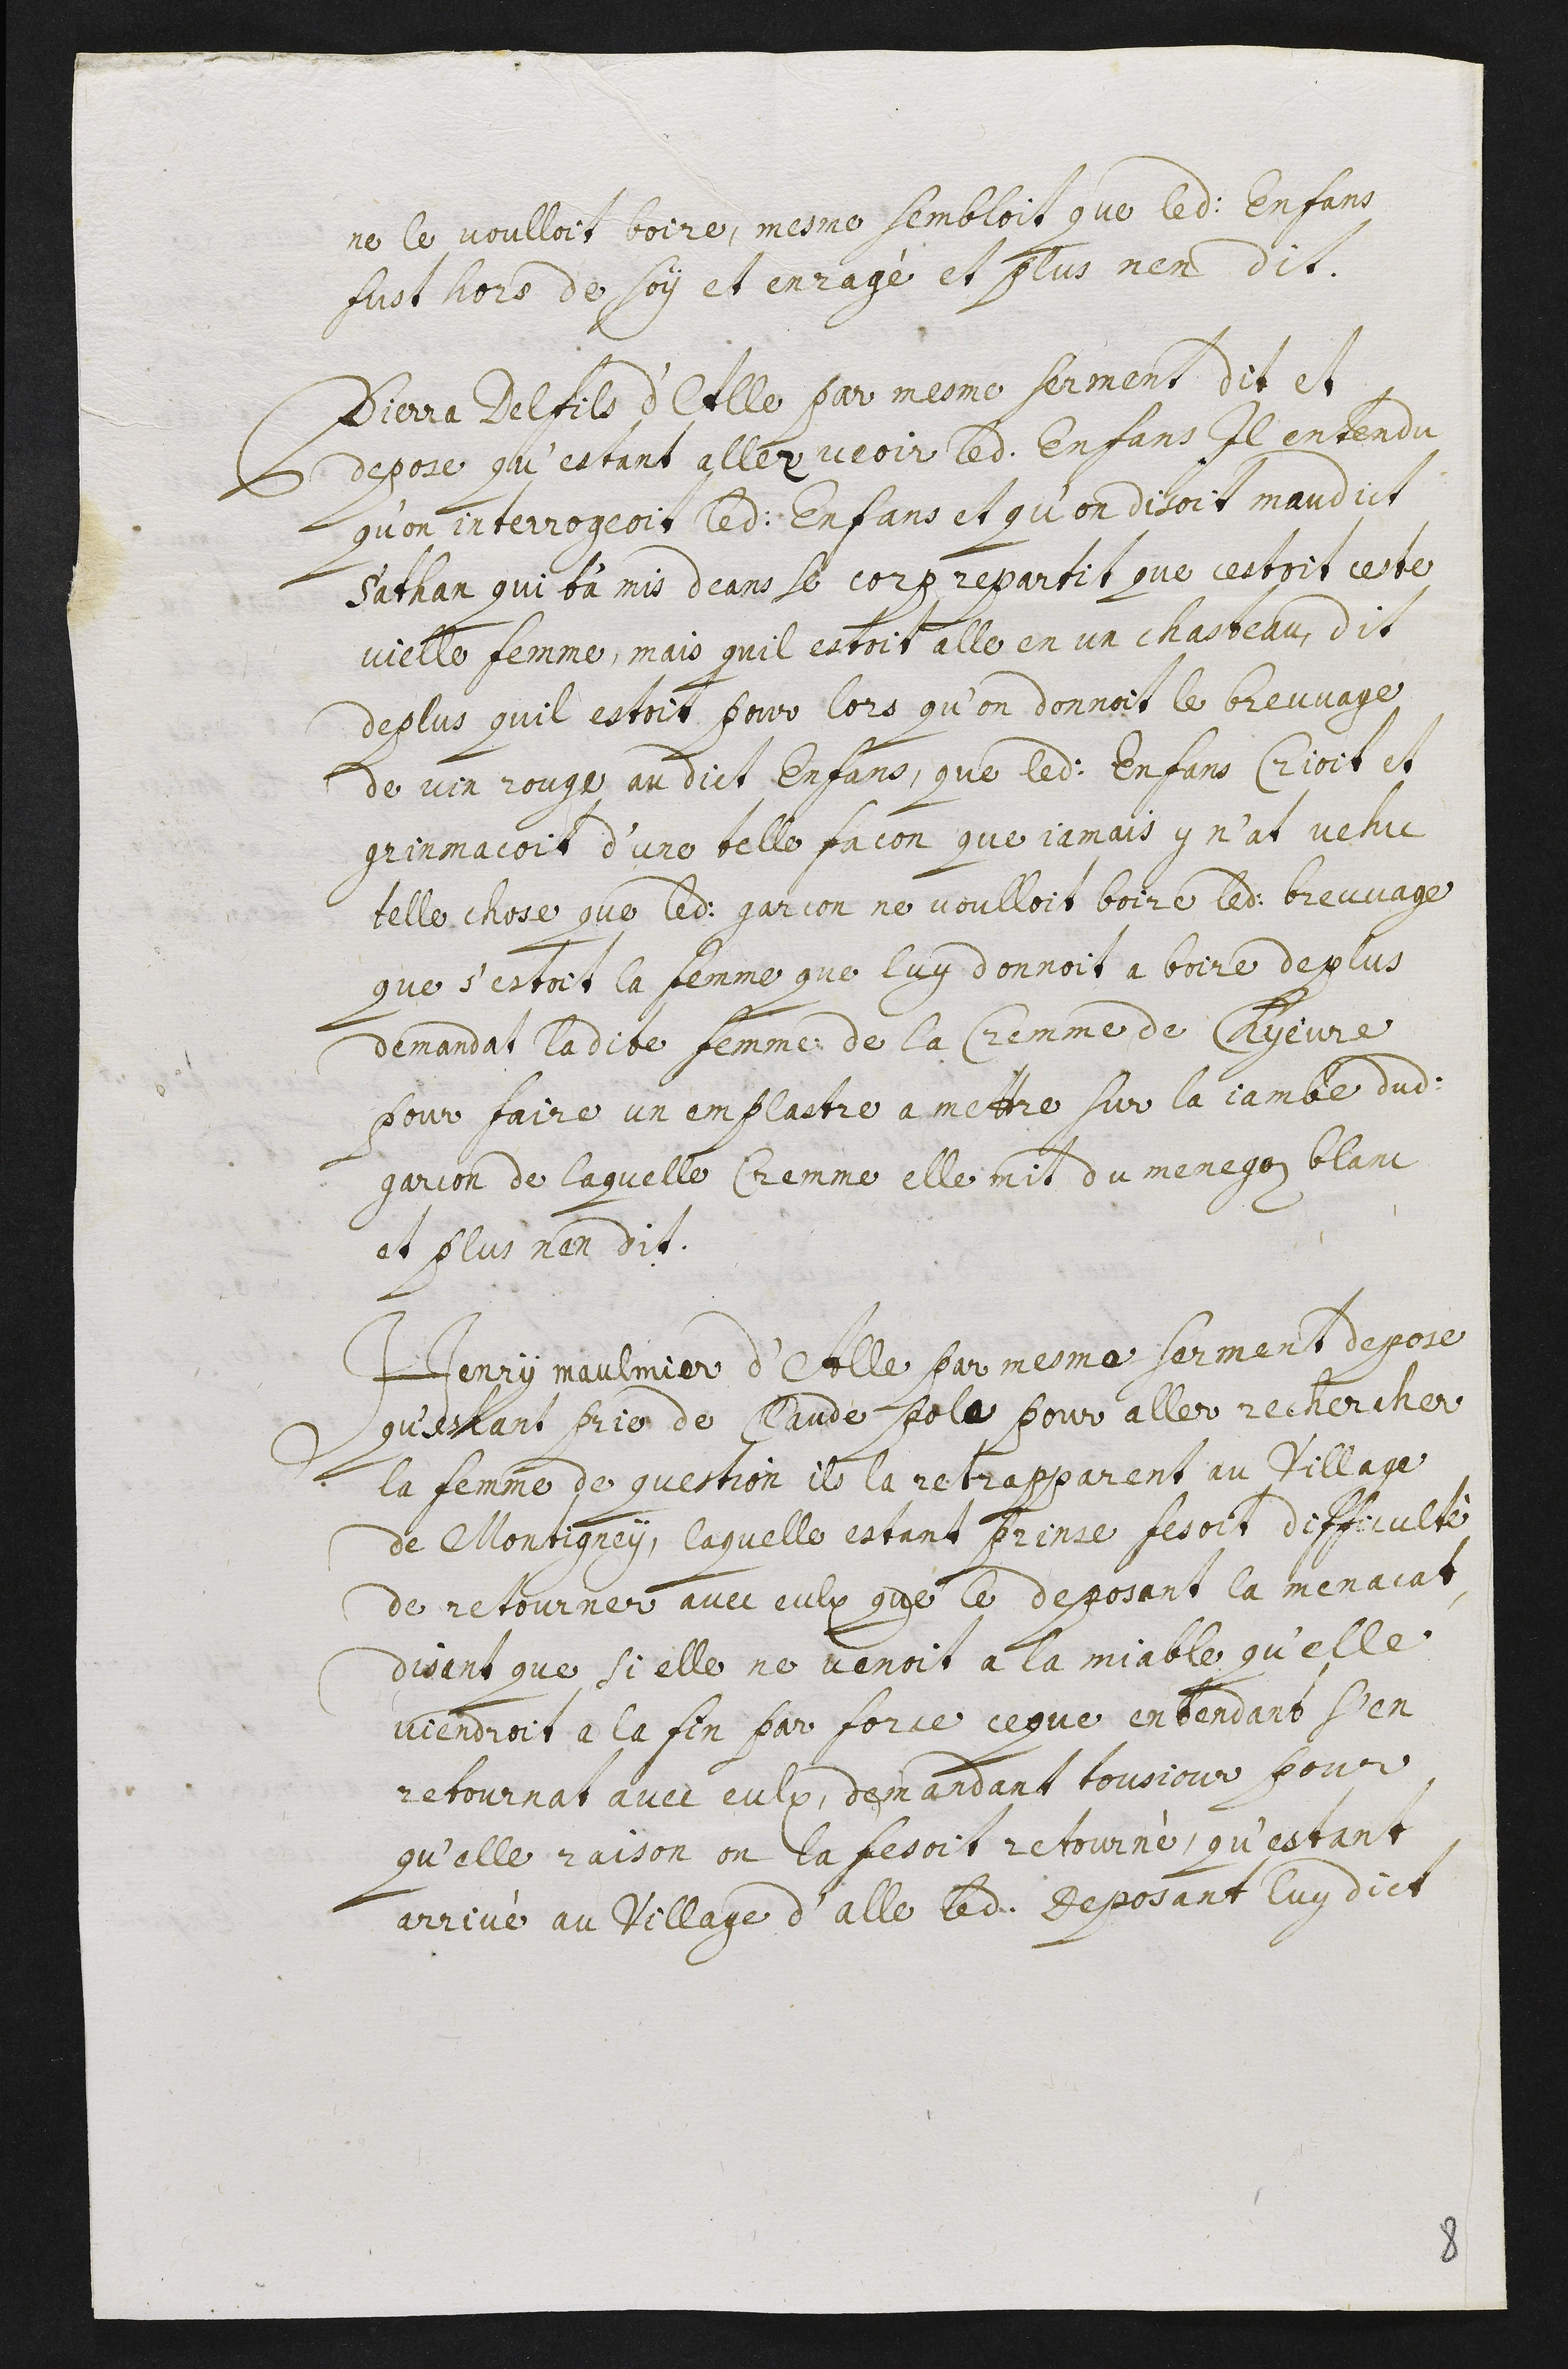
ne le voulloit boire, mesme sembloit que ledit enfans
fust hors de soy et enragé et plus n’en dit.
Pierre Delfils d’Alle par mesme serment dit et
depose qu’estant aller veoir ledit enfans il entendu
qu’on interrogeoit ledit enfans et qu’on disoit maudict
Sathan qui t’a mis deans le corp repartit que c’estoit ceste
vielle femme, mais qu’il estoit allé en un chasteau. Dit
de plus qu’il estoit pour lors qu’on donnoit le breuvage
de vin rouge au dict enfans. Que ledit enfans crioit et
grimacoit d’une telle facon que jamais y n’at vehu
telle chose. Que ledit garcon ne voulloit boire ledit breuvage
que s’estoit la femme que luy donnoit a boire de plus
demandat ladite femme de la cremme de chyevre
pour faire un emplastre a mettre sur la jambe dudit
garcon de laquelle cremme elle mit du menegey blanc
et n’en dit.
Henry Maulmier d’Alle par mesme serment depose
qu’estant prier de Claude Pole pour aller rechercher
la femme de question ils la retrapparent au village
de Montigney, laquelle estant prinse fesoit difficulté
de retourner avec eulx que le deposant la menacat
disent que si elle ne venoit a la miable qu’elle
viendroit a la fin par force. Ce que entendant s’en
retournat avec eulx, demandat tousjour pour
qu’elle raison on la fesoit retourné qu’estant
arrivé au village d’Alle ledit deposant luy dict